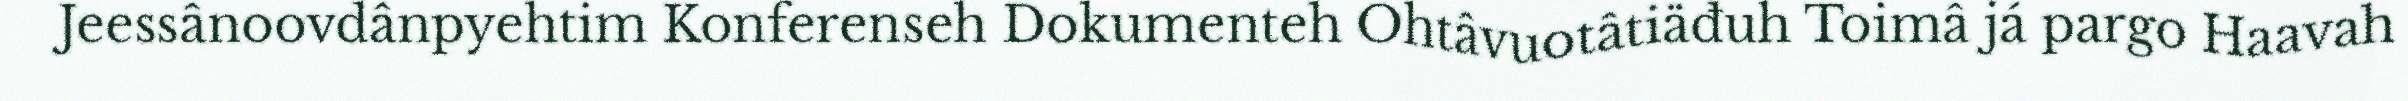
Jeessânoovdânpyehtim Konferenseh Dokumenteh Ohtâvuotâtiäđuh Toimâ já pargo Haavah